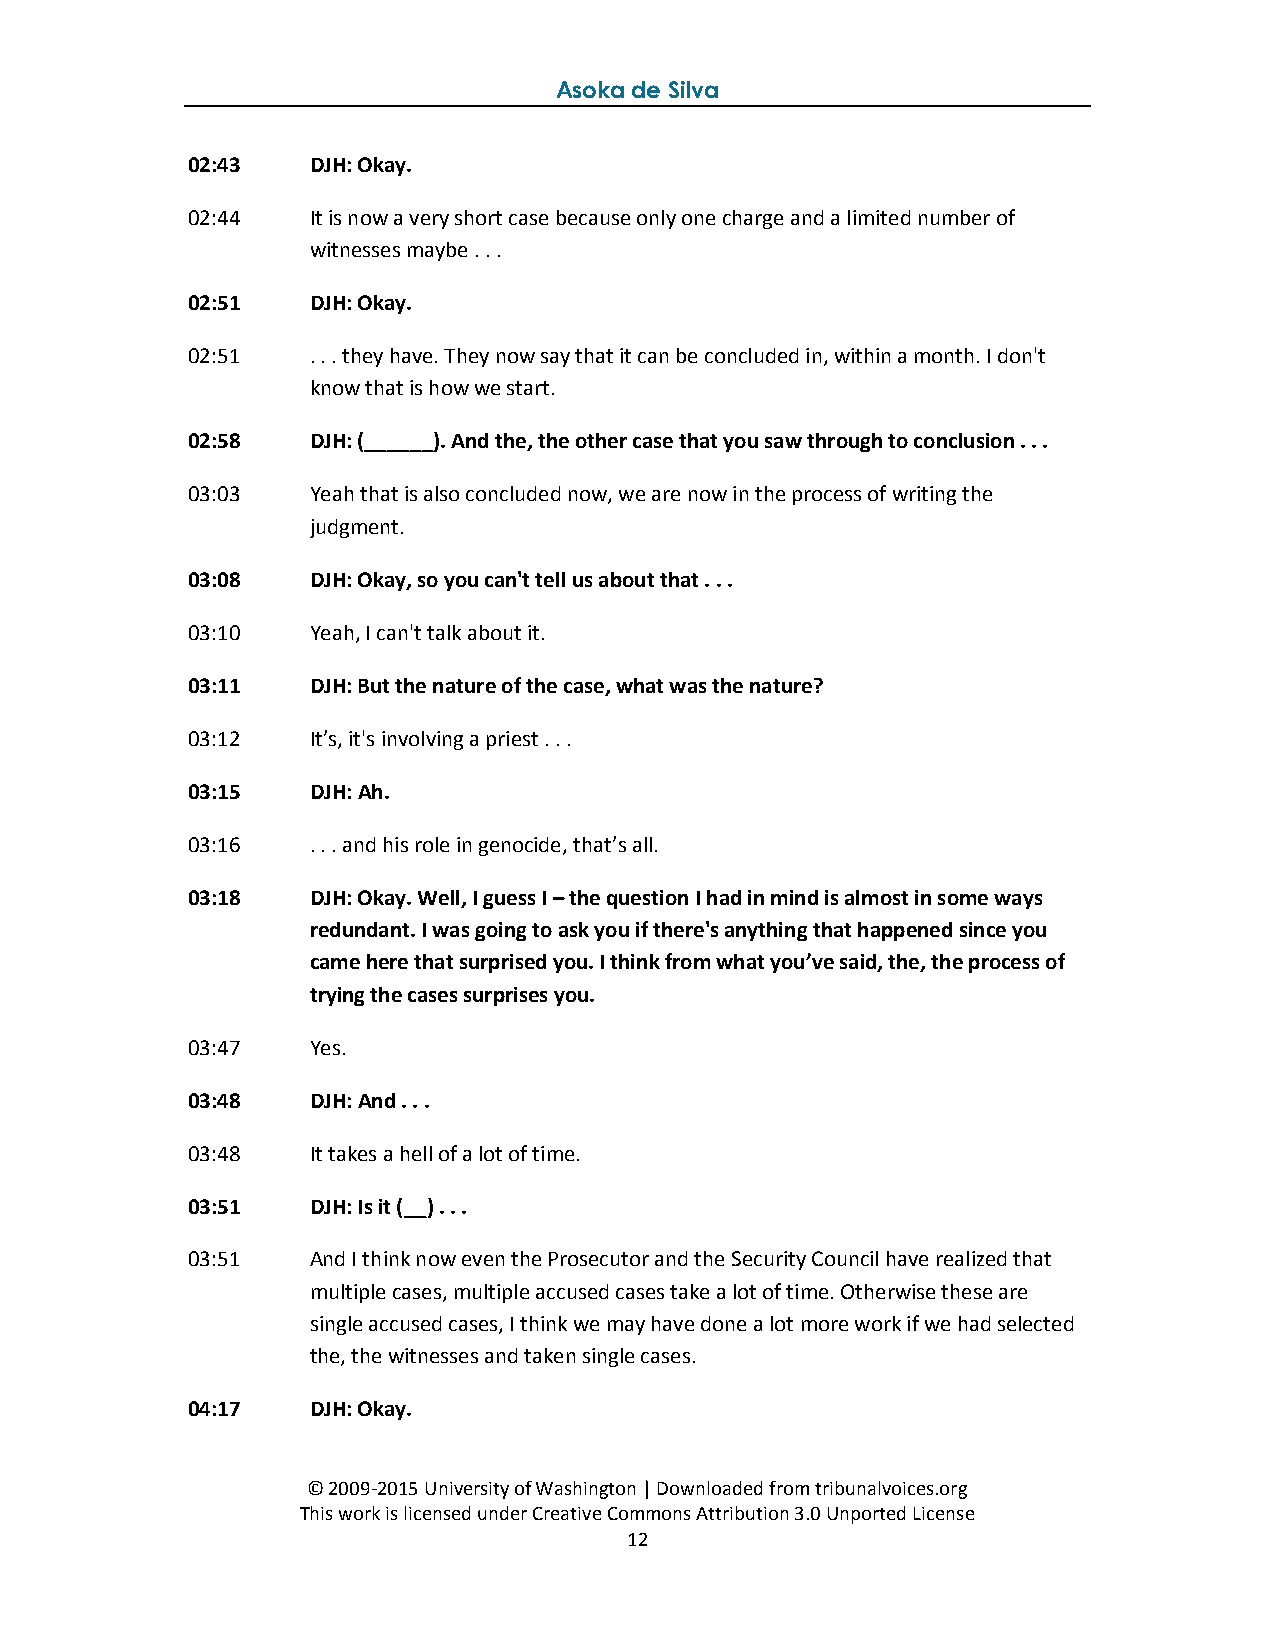
Asoka de Silva
 02:43   DJH: Okay.
 02:44   It is now a very short case because only one charge and a limited number of
 witnesses maybe . . .
 02:51   DJH: Okay.
 02:51   . . . they have. They now say that it can be concluded in, within a month. I don't
 know that is how we start.
 02:58   DJH: (______). And the, the other case that you saw through to conclusion . . .
 03:03   Yeah that is also concluded now, we are now in the process of writing the
 judgment.
 03:08   DJH: Okay, so you can't tell us about that . . .
 03:10   Yeah, I can't talk about it.
 03:11   DJH: But the nature of the case, what was the nature?
 03:12   It’s, it's involving a priest . . .
 03:15   DJH: Ah.
 03:16   . . . and his role in genocide, that’s all.
 03:18   DJH: Okay. Well, I guess I – the question I had in mind is almost in some ways
 redundant. I was going to ask you if there's anything that happened since you
 came here that surprised you. I think from what you’ve said, the, the process of
 trying the cases surprises you.
 03:47   Yes.
 03:48   DJH: And . . .
 03:48   It takes a hell of a lot of time.
 03:51   DJH: Is it (__) . . .
 03:51   And I think now even the Prosecutor and the Security Council have realized that
 multiple cases, multiple accused cases take a lot of time. Otherwise these are
 single accused cases, I think we may have done a lot more work if we had selected
 the, the witnesses and taken single cases.
 04:17   DJH: Okay.
 © 2009-2015 University of Washington | Downloaded from tribunalvoices.org
 This work is licensed under Creative Commons Attribution 3.0 Unported License
 12